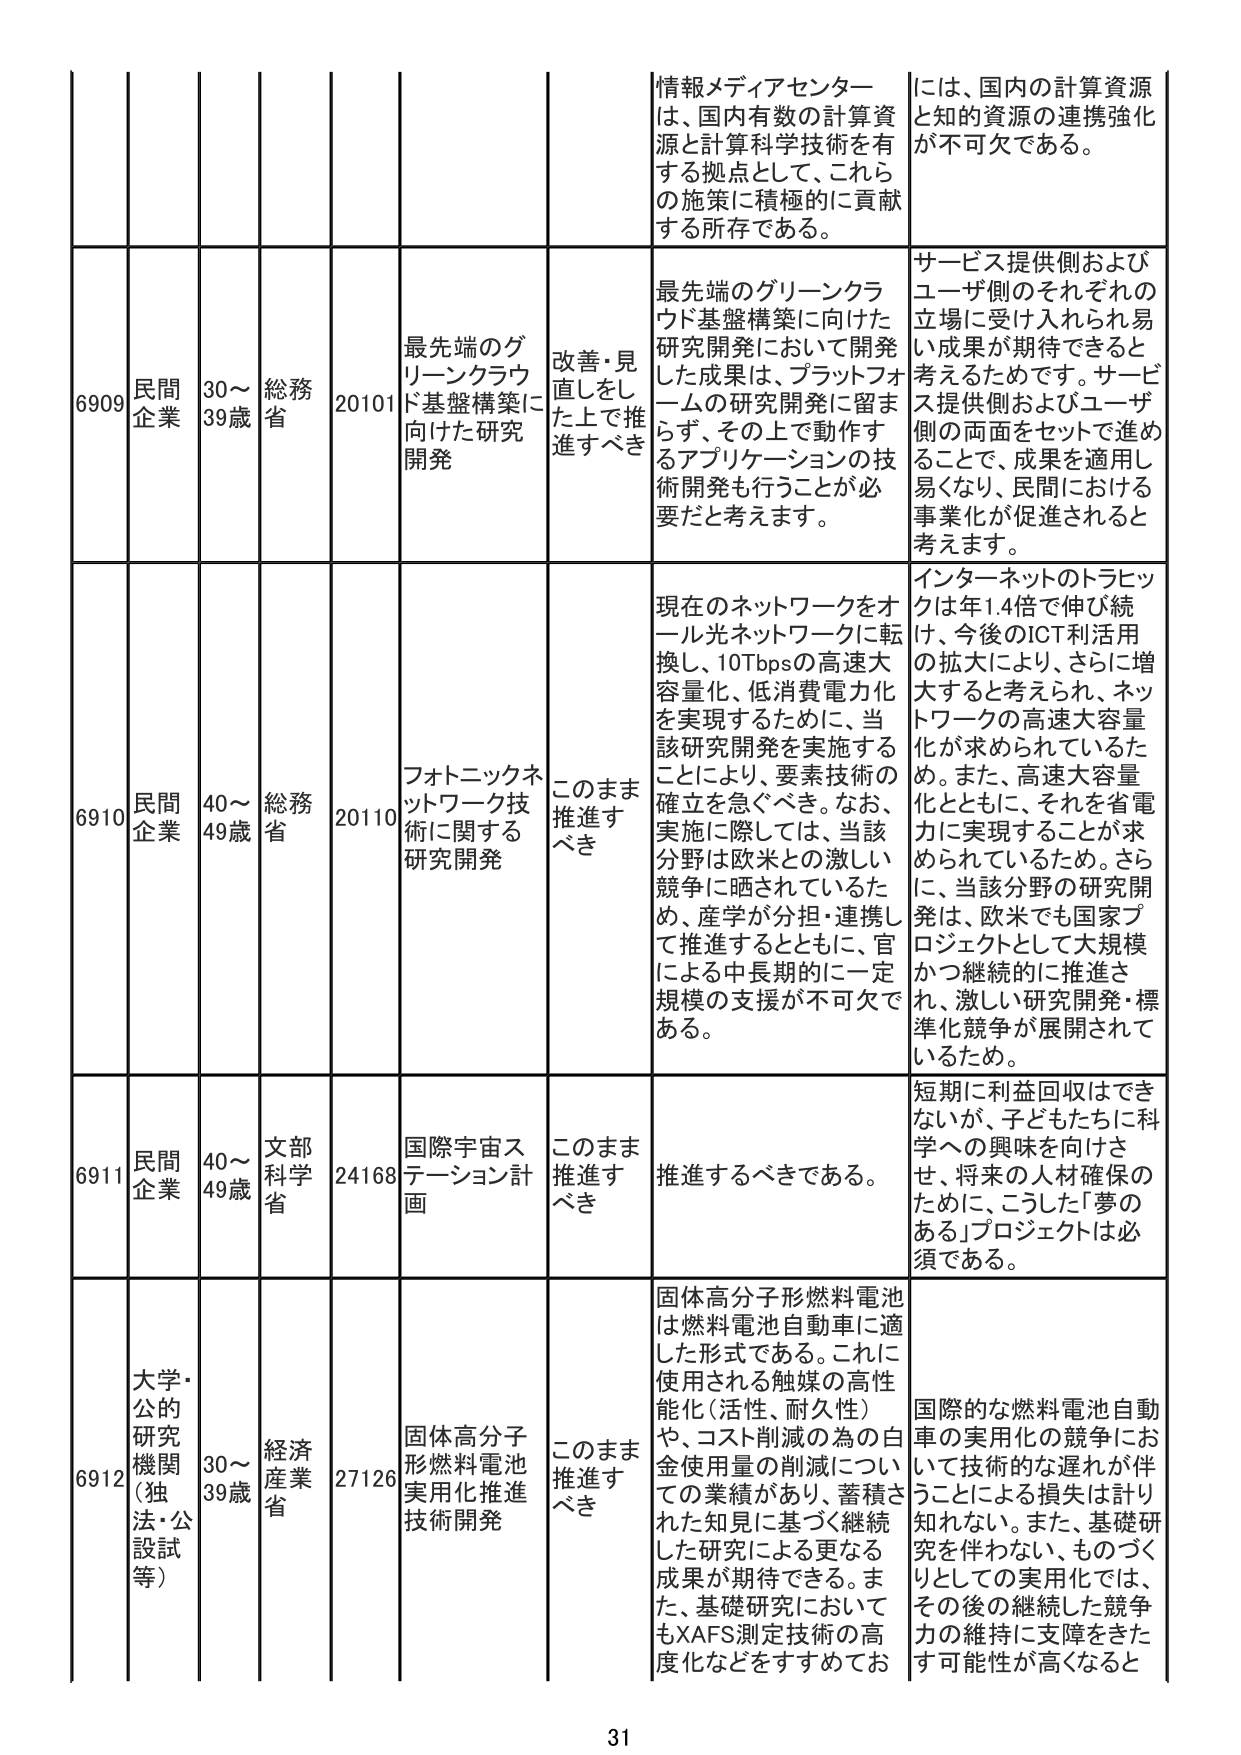
情報メディアセンターは、国内有数の計算資源と計算科学技術を有する拠点として、これらの施策に積極的に貢献する所存である。

には、国内の計算資源と知的資源の連携強化が不可欠である。

6909 民間企業 30～39歳 総務省 20101 最先端のグリーンクラウド基盤構築に向けた研究開発 改善・見直しをした上で推進すべき 最先端のグリーンクラウド基盤構築に向けた研究開発において開発した成果は、プラットフォームの研究開発に留まらず、その上で動作するアプリケーションの技術開発も行うことが必要だと考えます。 サービス提供側およびユーザ側のそれぞれの立場に受け入れられ易い成果が期待できると考えるためです。サービス提供側およびユーザ側の両面をセットで進めることで、成果を適用し易くなり、民間における事業化が促進されると考えます。

6910 民間企業 40～49歳 総務省 20110 フォトニックネットワーク技術に関する研究開発 このまま推進すべき 現在のネットワークをオール光ネットワークに転換し、10Tbpsの高速大容量化、低消費電力化を実現するために、当該研究開発を実施することにより、要素技術の確立を急ぐべき。なお、実施に際しては、当該分野は欧米との激しい競争に晒されているため、産学が分担・連携して推進するとともに、官による中長期的に一定規模の支援が不可欠である。 インターネットのトラヒックは年1.4倍で伸び続け、今後のICT利活用の拡大により、さらに増大すると考えられ、ネットワークの高速大容量化が求められているため。また、高速大容量化とともに、それを省電力に実現することが求められているため。さらに、当該分野の研究開発は、欧米でも国家プロジェクトとして大規模かつ継続的に推進され、激しい研究開発・標準化競争が展開されているため。

6911 民間企業 40～49歳 文部科学省 24168 国際宇宙ステーション計画 このまま推進すべき 推進するべきである。 短期に利益回収はできないが、子どもたちに科学への興味を向けさせ、将来の人材確保のために、こうした「夢のある」プロジェクトは必須である。

6912 大学・公的研究機関（独法・公設試等） 30～39歳 経済産業省 27126 固体高分子形燃料電池実用化推進技術開発 このまま推進すべき 固体高分子形燃料電池は燃料電池自動車に適した形式である。これに使用される触媒の高性能化（活性、耐久性）や、コスト削減の為の白金使用量の削減についての業績があり、蓄積された知見に基づく継続した研究による更なる成果が期待できる。また、基礎研究においてもXAFS測定技術の高度化などをすすめてお 国際的な燃料電池自動車の実用化の競争において技術的な遅れが伴うことによる損失は計り知れない。また、基礎研究を伴わない、ものづくりとしての実用化では、その後の継続した競争力の維持に支障をきたす可能性が高くなると

31